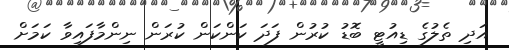
އަދި ތެލުގެ ޑިއުޓީ ބޮޑު ކުރުން ފަދަ ކަންކަން ކުރަން ނިންމާފައިވާ ކަމަށް